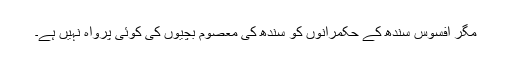
مگر افسوس سندھ کے حکمرانوں کو سندھ کی معصوم بچیوں کی کوئی پرواہ نہیں ہے۔